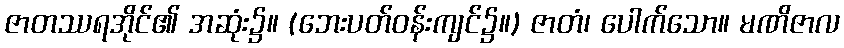
ဇာတဿရအိုင်၏ အဆုံး၌။ (ဘေးပတ်ဝန်းကျင်၌။) ဇာတံ၊ ပေါက်သော။ မဏိဇာလ